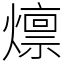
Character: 燷